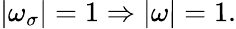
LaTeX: |\omega_{\sigma}|=1\Rightarrow|\omega|=1.